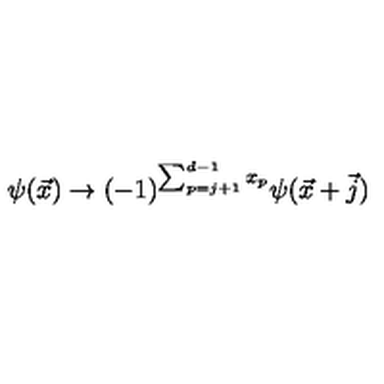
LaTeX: \psi ( \vec { x } ) \rightarrow ( - 1 ) ^ { \sum _ { p = j + 1 } ^ { d - 1 } x _ { p } } \psi ( \vec { x } + \vec { j } )